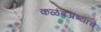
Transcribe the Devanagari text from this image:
कळंबअंब्याचे